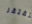
تفتقر